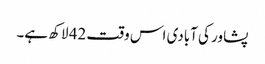
پشاور کی آبادی اس وقت 42 لاکھ ہے۔